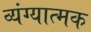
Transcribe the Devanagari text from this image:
व्‍यंग्‍यात्‍मक